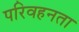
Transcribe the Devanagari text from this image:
परिवहनता